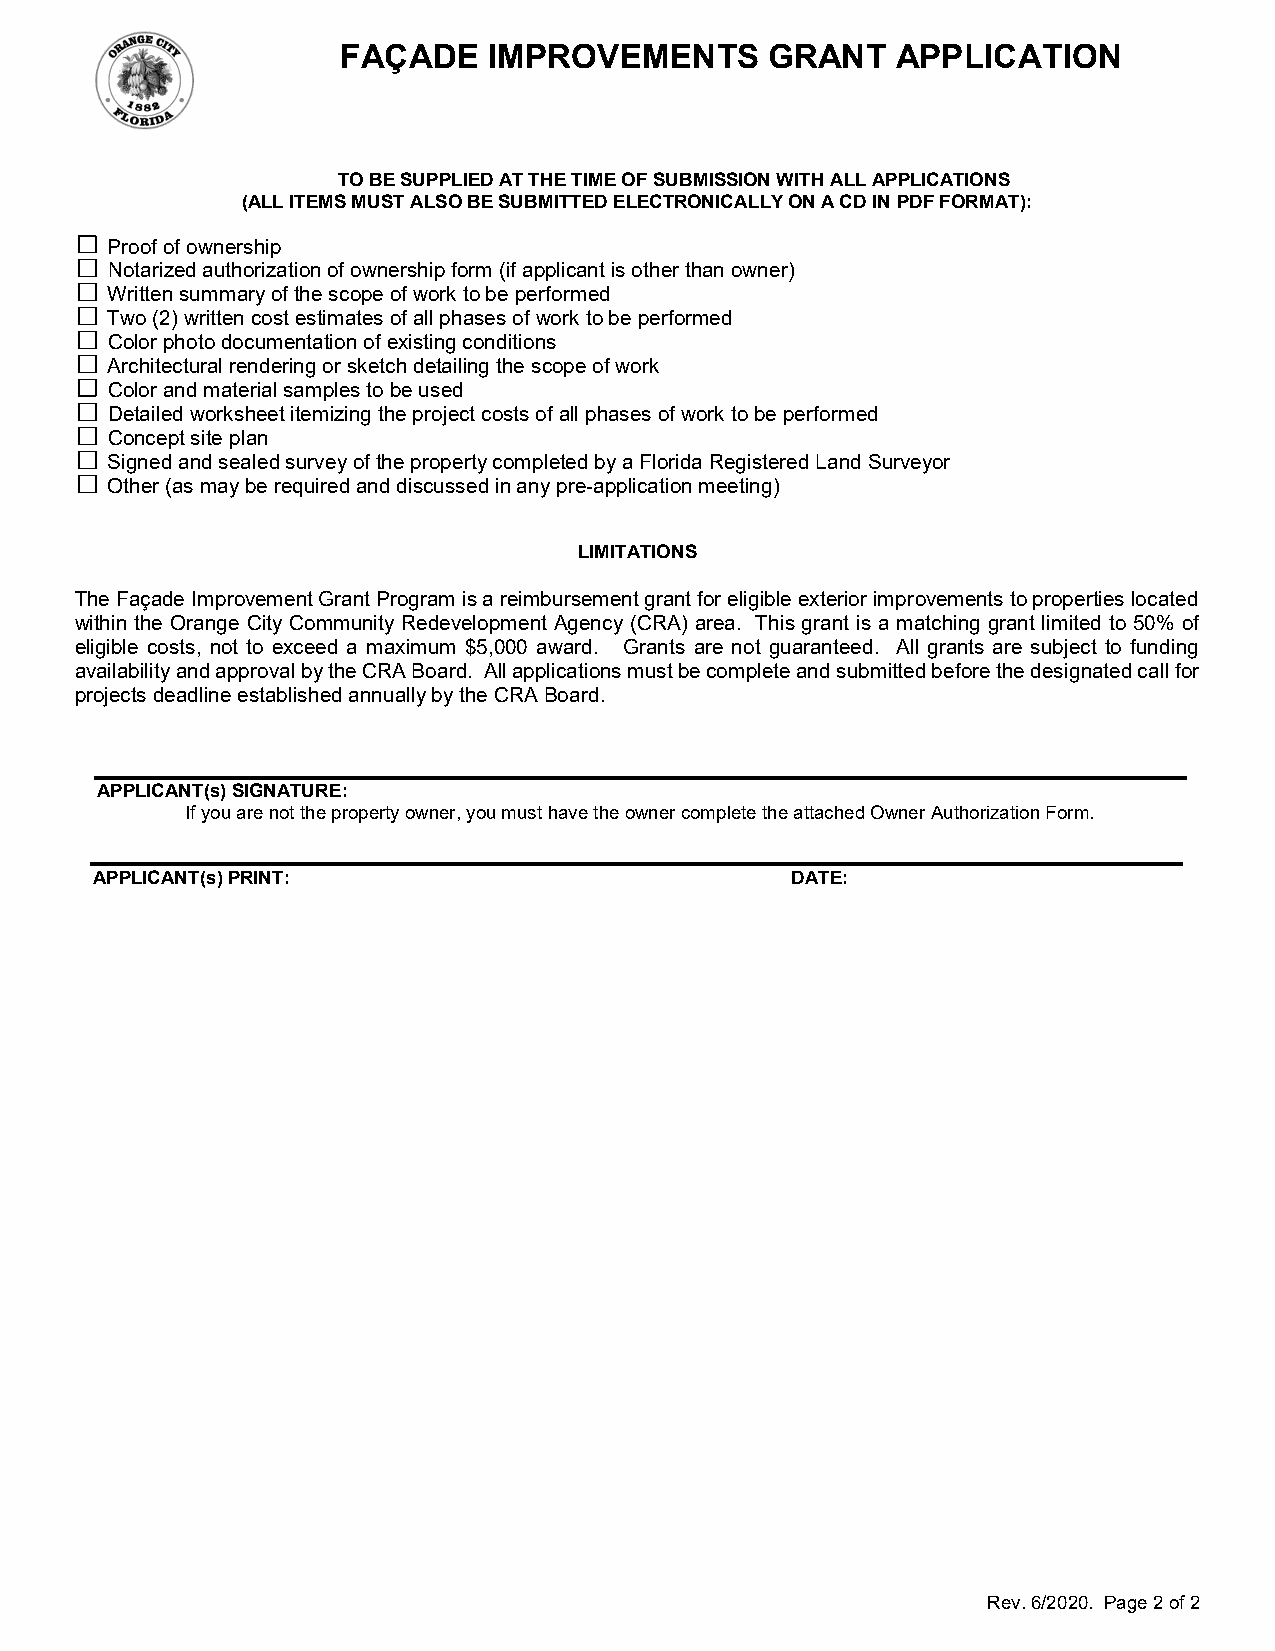
FAÇADE   IMPROVEMENTS       GRANT   APPLICATION
 TO BE SUPPLIED AT THE TIME OF SUBMISSION WITH ALL APPLICATIONS
 (ALL ITEMS MUST ALSO BE SUBMITTED ELECTRONICALLY ON A CD IN PDF FORMAT):
 Proof of ownership
 Notarized authorization of ownership form (if applicant is other than owner)
 Written summary of the scope of work to be performed
 Two (2) written cost estimates of all phases of work to be performed
 Color photo documentation of existing conditions
 Architectural rendering or sketch detailing the scope of work
 Color and material samples to be used
 Detailed worksheet itemizing the project costs of all phases of work to be performed
 Concept site plan
 Signed and sealed survey of the property completed by a Florida Registered Land Surveyor
 Other (as may be required and discussed in any pre-application meeting)
 LIMITATIONS
 The Façade Improvement Grant Program is a reimbursement grant for eligible exterior improvements to properties located
 within the Orange City Community Redevelopment Agency (CRA) area. This grant is a matching grant limited to 50% of
 eligible costs, not to exceed a maximum $5,000 award. Grants are not guaranteed. All grants are subject to funding
 availability and approval by the CRA Board. All applications must be complete and submitted before the designated call for
 projects deadline established annually by the CRA Board.
 APPLICANT(s) SIGNATURE:
 If you are not the property owner, you must have the owner complete the attached Owner Authorization Form.
 APPLICANT(s) PRINT:                           DATE:
 Rev. 6/2020. Page 2 of 2